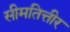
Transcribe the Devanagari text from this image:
सीमतित्तीर